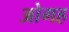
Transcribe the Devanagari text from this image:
ओगह